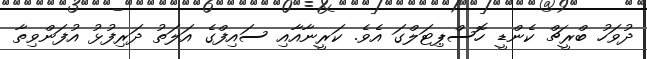
ދުވަހު ބްރީޗް ކެންޑީ ހޮސްޕިޓަލްގަ އެވެ. ކަރީނާއާއި ސައިފްގެ އަލަތު ދަރިފުޅު އުފަންވިތާ